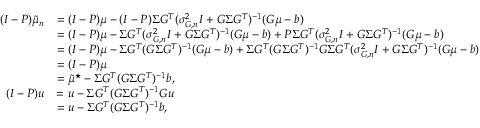
\begin{array} { r l } { ( I - P ) \tilde { \mu } _ { n } } & { = ( I - P ) \mu - ( I - P ) \Sigma G ^ { T } ( \sigma _ { G , n } ^ { 2 } I + G \Sigma G ^ { T } ) ^ { - 1 } ( G \mu - b ) } \\ & { = ( I - P ) \mu - \Sigma G ^ { T } ( \sigma _ { G , n } ^ { 2 } I + G \Sigma G ^ { T } ) ^ { - 1 } ( G \mu - b ) + P \Sigma G ^ { T } ( \sigma _ { G , n } ^ { 2 } I + G \Sigma G ^ { T } ) ^ { - 1 } ( G \mu - b ) } \\ & { = ( I - P ) \mu - \Sigma G ^ { T } ( G \Sigma G ^ { T } ) ^ { - 1 } ( G \mu - b ) + \Sigma G ^ { T } ( G \Sigma G ^ { T } ) ^ { - 1 } G \Sigma G ^ { T } ( \sigma _ { G , n } ^ { 2 } I + G \Sigma G ^ { T } ) ^ { - 1 } ( G \mu - b ) } \\ & { = ( I - P ) \mu } \\ & { = \tilde { \mu } ^ { \star } - \Sigma G ^ { T } ( G \Sigma G ^ { T } ) ^ { - 1 } b , } \\ { ( I - P ) u } & { = u - \Sigma G ^ { T } ( G \Sigma G ^ { T } ) ^ { - 1 } G u } \\ & { = u - \Sigma G ^ { T } ( G \Sigma G ^ { T } ) ^ { - 1 } b , } \end{array}